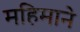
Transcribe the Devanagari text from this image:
महिमाने